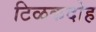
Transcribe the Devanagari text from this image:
टिळकदोह